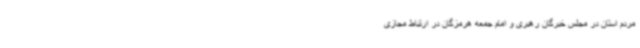
مردم استان در مجلس خبرگان رهبری و امام جمعه هرمزگان در ارتباط مجازی